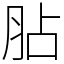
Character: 胋